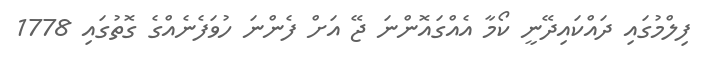
ފިލްމުގައި ދައްކައިދޭނީ ކޯމާ އެއްގައޮންނަ ޖޭ އަށް ފެންނަ ހުވަފެނެއްގެ ގޮތުގައި 1778